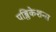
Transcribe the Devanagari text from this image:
पब्लिकेशन्‍स